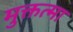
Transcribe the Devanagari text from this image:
मुक्तत्मा